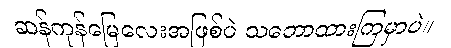
ဆန်ကုန်မြေလေးအဖြစ်ပဲ သဘောထားကြမှာပဲ။